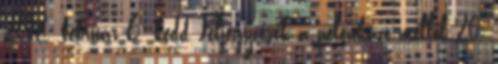
2018. február 6. kedd Feljegyzések a pelenkázó mellől 20.